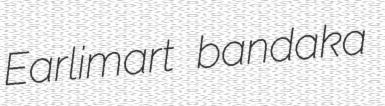
Earlimart bandaka